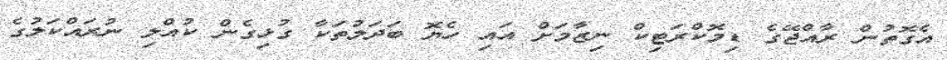
އެގޮތުން ރާއްޖޭގެ ޑިމޮކްރަޓިކް ނިޒާމަށް އައި ހެޔޮ ބަދަލުތަކާ ގުޅިގެން ކުއްލި ނުރައްކަލުގެ